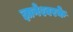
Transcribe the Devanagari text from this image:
ज्ञानेश्वरके